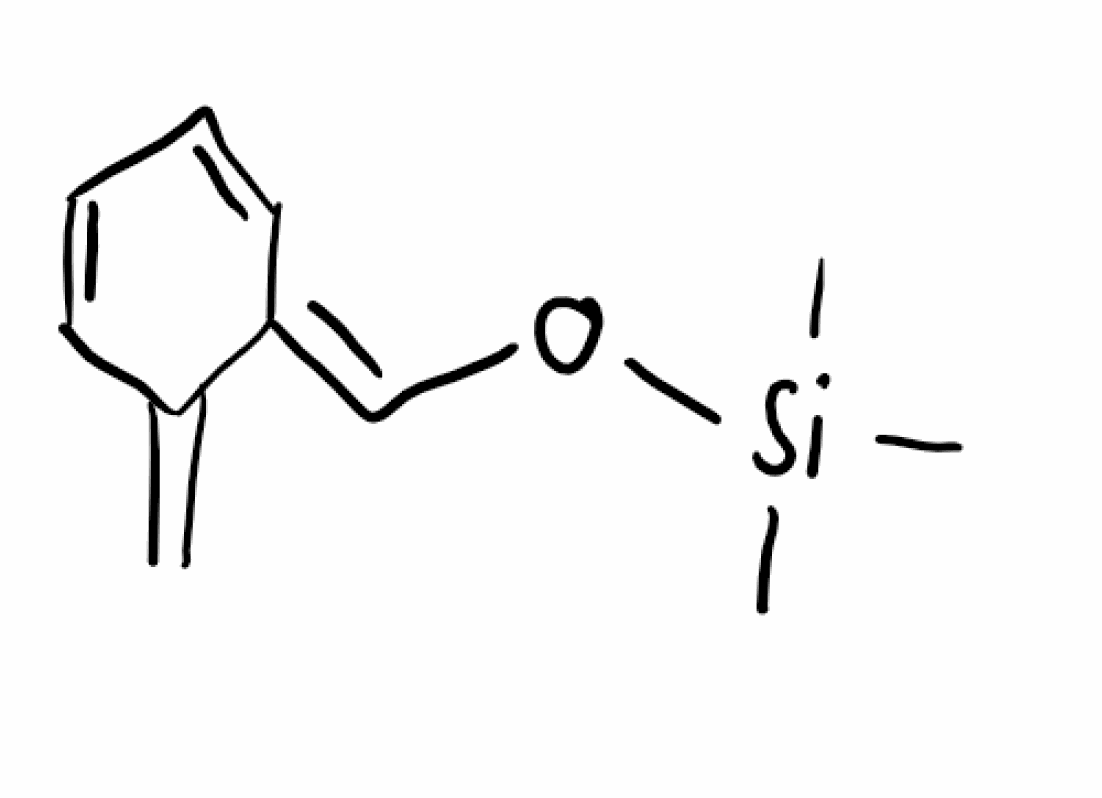
Simplified molecular-input line-entry system (SMILES) notation of the given molecule:
C[Si](C)(C)O/C=C/1\C=CC=CC1=C